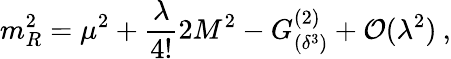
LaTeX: m_{R}^{2}=\mu^{2}+\frac{\lambda}{4!}2M^{2}-G_{(\delta^{3})}^{(2)}+{\cal O}(\lambda^{2})\: ,